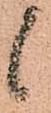
候